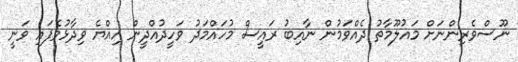
ނޫސްވެރިންނަށް މައުލޫމާތު ދެއްވަމުން ނާއިބު ރައީސް މުހައްމަދު ވަހީދުއްދީން އިއްޔެ ވިދާޅުވެފައި ވަނީ